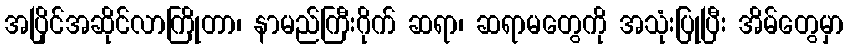
အပြိုင်အဆိုင်လာကြိုတာ၊ နာမည်ကြီးဂိုက် ဆရာ၊ ဆရာမတွေကို အသုံးပြုပြီး အိမ်တွေမှာ